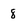
Character: 8